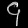
Digit: ၄